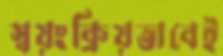
স্বয়ংক্রিয়ভাবেই